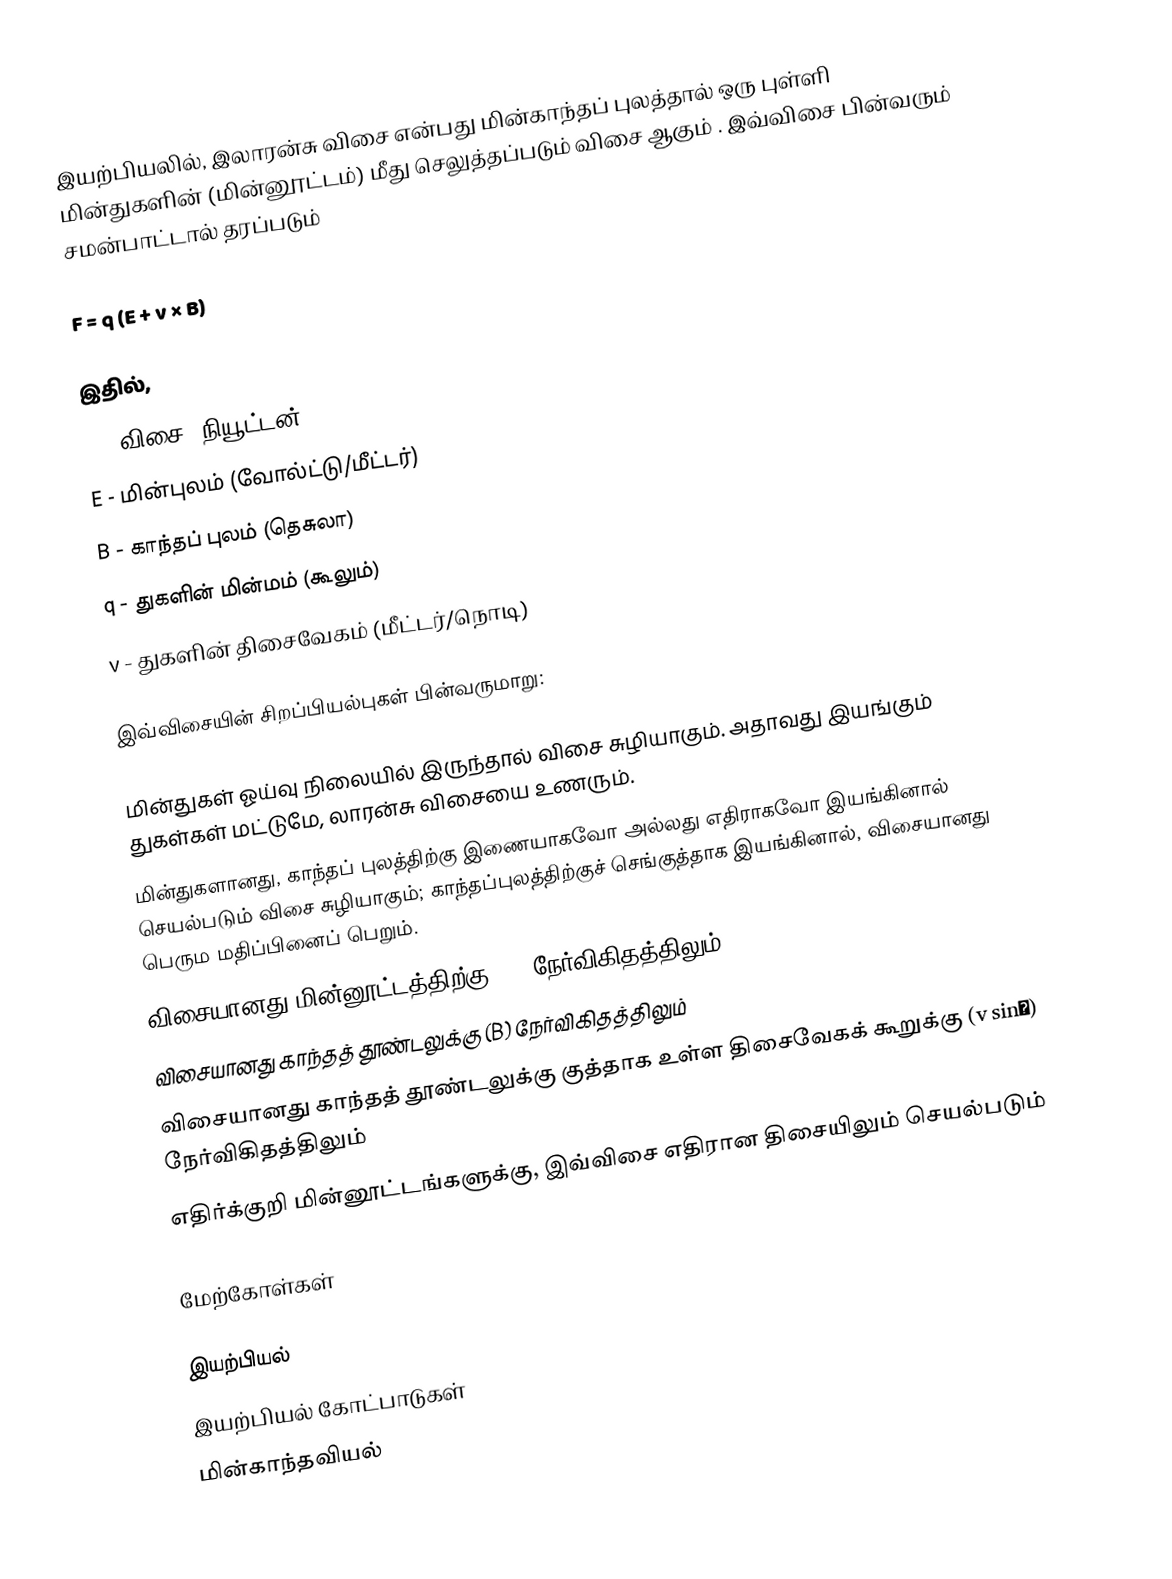
இயற்பியலில், இலாரன்சு விசை என்பது மின்காந்தப் புலத்தால் ஒரு புள்ளி மின்துகளின் (மின்னூட்டம்) மீது செலுத்தப்படும் விசை ஆகும் . இவ்விசை பின்வரும் சமன்பாட்டால் தரப்படும்

 F = q (E + v × B)

இதில்,
F - விசை (நியூட்டன்)
E - மின்புலம் (வோல்ட்டு/மீட்டர்)
B - காந்தப் புலம் (தெசுலா)
q - துகளின் மின்மம் (கூலும்)
v - துகளின் திசைவேகம் (மீட்டர்/நொடி)

இவ்விசையின் சிறப்பியல்புகள் பின்வருமாறு:

மின்துகள் ஓய்வு நிலையில் இருந்தால் விசை சுழியாகும். அதாவது இயங்கும் துகள்கள் மட்டுமே, லாரன்சு விசையை உணரும்.
 மின்துகளானது, காந்தப் புலத்திற்கு இணையாகவோ அல்லது எதிராகவோ இயங்கினால் செயல்படும் விசை சுழியாகும்; காந்தப்புலத்திற்குச் செங்குத்தாக இயங்கினால், விசையானது பெரும மதிப்பினைப் பெறும்.
 விசையானது மின்னூட்டத்திற்கு (q) நேர்விகிதத்திலும்
 விசையானது காந்தத் தூண்டலுக்கு (B) நேர்விகிதத்திலும்
 விசையானது காந்தத் தூண்டலுக்கு குத்தாக உள்ள திசைவேகக் கூறுக்கு (v sinθ) நேர்விகிதத்திலும்
 எதிர்க்குறி மின்னூட்டங்களுக்கு, இவ்விசை எதிரான திசையிலும் செயல்படும்

மேற்கோள்கள்

இயற்பியல்
இயற்பியல் கோட்பாடுகள்
மின்காந்தவியல்